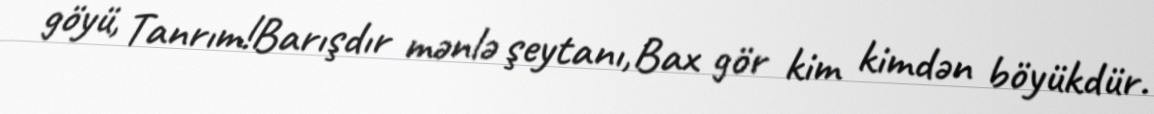
göyü, Tanrım!Barışdır mənlə şeytanı,Bax gör kim kimdən böyükdür.